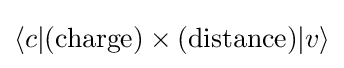
\langle c|({\text{charge}})\times ({\text{distance}})|v\rangle